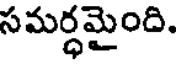
సమర్ధమైంది.